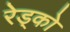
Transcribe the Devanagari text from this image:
रेड्को